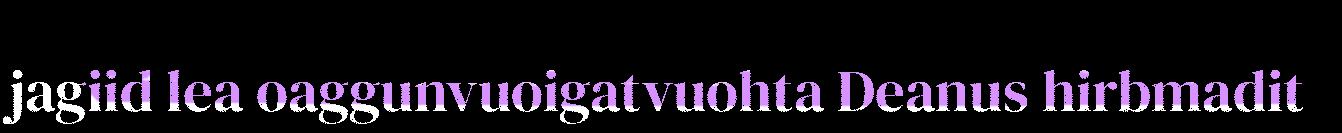
jagiid lea oaggunvuoigatvuohta Deanus hirbmadit